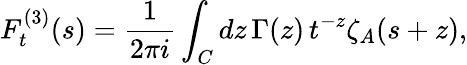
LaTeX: F_{t}^{(3)}(s)=\frac{1}{2\pi i}\int_{C}dz\, \Gamma(z)\, t^{-z}\zeta_{A}(s+z),